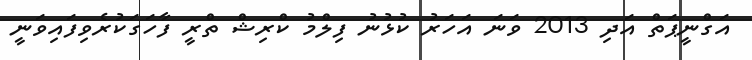
އަގްނީޕަތް އަދި 2013 ވަަނަ އަހަރު ކުޅުނު ފިލްމު ކްރިޝް ތްރީ ފާހަގަކުރެވިފައިވަނީ